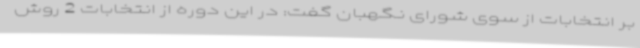
بر انتخابات از سوی شورای نگهبان گفت: در این دوره از انتخابات 2 روش